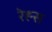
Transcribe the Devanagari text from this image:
रेह्म्स